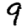
Digit: 9